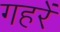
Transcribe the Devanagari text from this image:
गहरें